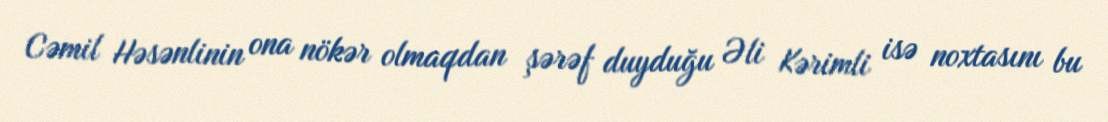
Cəmil Həsənlinin ona nökər olmaqdan şərəf duyduğu Əli Kərimli isə noxtasını bu